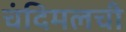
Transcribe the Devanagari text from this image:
चंदिमलची